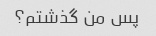
پس من گذشتم؟